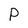
Character: p